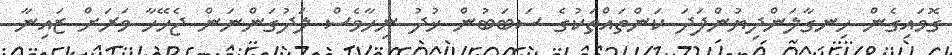
ގޮވައިގެން ހިނގާލަންދިޔުންފަދަ ކަންތައްތަކުގެ ސަބަބުން ޚުދު ނިހާވެސް ލަދުގަންނަން ޖެހޭހާ ވަރަށް ޒައިނާ